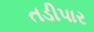
તડીપાર